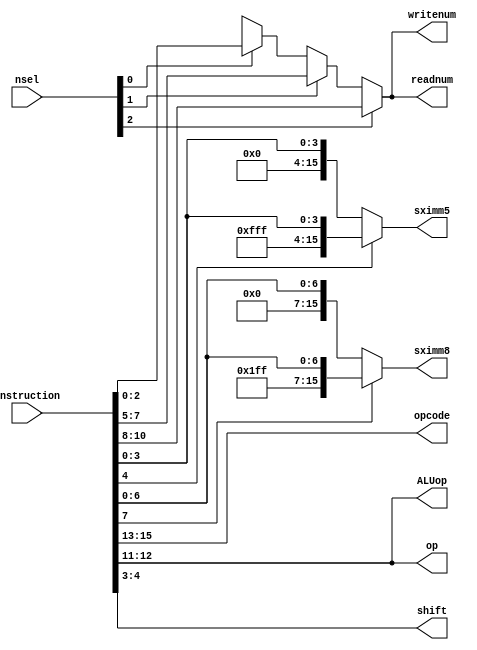
module instruction_decoder(instruction, nsel, opcode, op, ALUop, sximm5, sximm8, shift, readnum, writenum);
    input [15:0] instruction;
    input [2:0] nsel; // 1 hot
    output [15:0] sximm5, sximm8;
    output [2:0] opcode, readnum, writenum;
    output [1:0] op, ALUop, shift;

    // Making regs
    reg[2:0] readnum, writenum;

    // Wires for local variables
    wire [2:0] Rn = instruction[10:8];
    wire [2:0] Rd = instruction[7:5];
    wire [2:0] Rm = instruction[2:0];

    // Outputs to controller FSM
    assign opcode = instruction[15:13];
    assign op = instruction [12:11];

    //Outputs to Datapath
    assign ALUop = instruction[12:11];
    assign shift = instruction[4:3];

    // Mux outputs to datapath
    always @(*) begin
        if (nsel[2] == 1'b1) begin
            readnum = Rn;
            writenum = Rn;
        end else if (nsel[1] == 1'b1) begin
            readnum = Rd;
            writenum = Rd;
        end else if (nsel[0] == 1'b1) begin
            readnum = Rm;
            writenum = Rm;
        end else begin
            readnum = 3'bxxx;
            writenum = 3'bxxx;
        end
    end

    // Sign extending the imm5 and imm8
    assign sximm5 = instruction[4] ? {{11{1'b1}}, instruction[4:0]} : {{11{1'b0}}, instruction[4:0]};
    assign sximm8 = instruction[7] ? {{8{1'b1}}, instruction[7:0]} : {{8{1'b0}}, instruction[7:0]};

endmodule